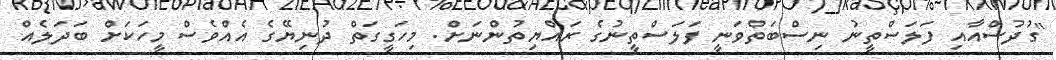
"ގުދުސްއާއި ފަލަސްތީނު ނިސްބަތްވަނީ ފަލަސްތީނުގެ ރައްޔިތުންނަށް. މިހަގީގަތް ދުނިޔޭގެ އެއްވެސް މީހަކަށް ބަދަލެއް